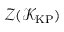
\mathcal { Z } ( \mathcal { K } _ { \mathrm { K P } } )